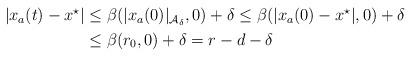
LaTeX: \begin{align*}\begin{aligned}|x_a(t)-x^\star| & \leq \beta(|x_a(0)|_{{\cal A}_\delta},0) + \delta \leq \beta(|x_a(0) - x^\star|,0) +\delta\\& \leq\beta(r_0,0) + \delta = r-d-\delta \end{aligned}\end{align*}